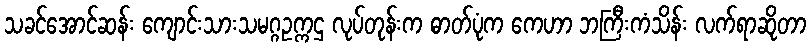
သခင်အောင်ဆန်း ကျောင်းသားသမဂ္ဂဥက္ကဌ လုပ်တုန်းက ဓာတ်ပုံက ကေဟာ ဘကြီးကံသိန်း လက်ရာဆိုတာ